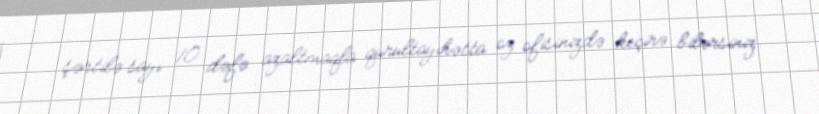
şərtilə sayı 10 dəfə azaltmaqla qurultayıhətta öz ofisinizdə keçirə bilərsiniz.